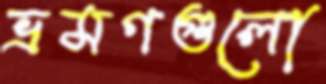
ভ্রমণগুলো